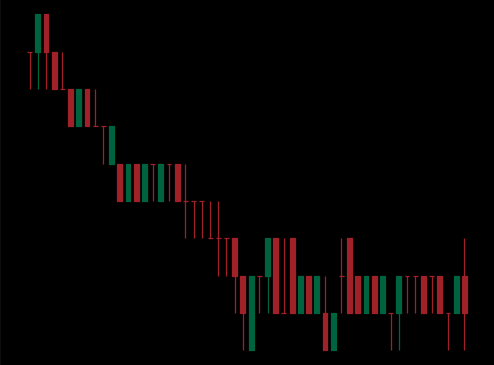
Pattern: bull_flag